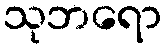
သုဘရော